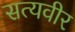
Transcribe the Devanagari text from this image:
सत्यवीर